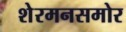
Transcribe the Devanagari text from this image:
शेरमनसमोर